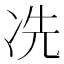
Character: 冼